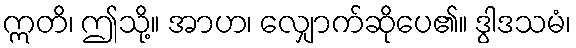
ဣတိ၊ ဤသို့။ အာဟ၊ လျှောက်ဆိုပေ၏။ ဒွါဒသမံ၊